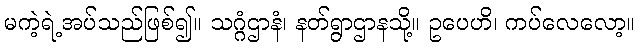
မကဲ့ရဲ့အပ်သည်ဖြစ်၍။ သဂ္ဂံဌာနံ၊ နတ်ရွာဌာနသို့။ ဥပေဟိ၊ ကပ်လေလော့။